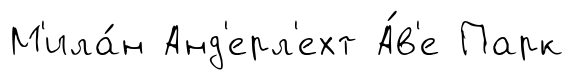
М'ила́н Анд'ерл'ехт А́в'е Парк